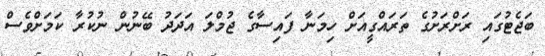
ބަޖެޓުގައި ރަށްރަށުގެ ތަރައްގީއަށް ހިމަނާ ފައިސާގެ ޖުމްލަ އަދަދު ބޭނުން ނުކުރާ ކަމަށްވެސް